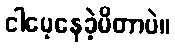
ငါမေ့နေခဲ့မိတာပဲ။